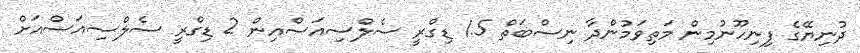
ދުނިޔޭގެ ފިނިހޫނުމިން މަތިވަމުންދާ ނިސްބަތް 1.5 ޑިގްރީ ސެލްސިއަސްއިން 2 ޑިގްރީ ސެލްސިއަސްއަށް